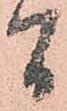
間